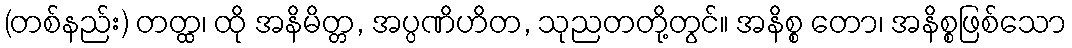
(တစ်နည်း) တတ္ထ၊ ထို အနိမိတ္တ, အပ္ပဏိဟိတ, သုညတတို့တွင်။ အနိစ္စ တော၊ အနိစ္စဖြစ်သော